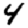
Digit: 4